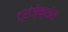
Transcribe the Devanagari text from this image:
ट्रांज़ेक्शंस